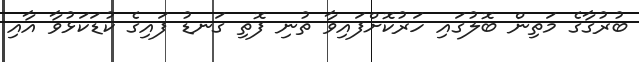
ބުރުގާގެ މަތިން ބޮލުގައި ހަރުކޮށްފައިވާ ތުނި ފޮތި ގަނޑު ފައިގެ ކުޑަކަޅުވާ އާއި